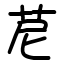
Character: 苨